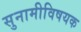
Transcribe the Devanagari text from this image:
सुनामीविषयक